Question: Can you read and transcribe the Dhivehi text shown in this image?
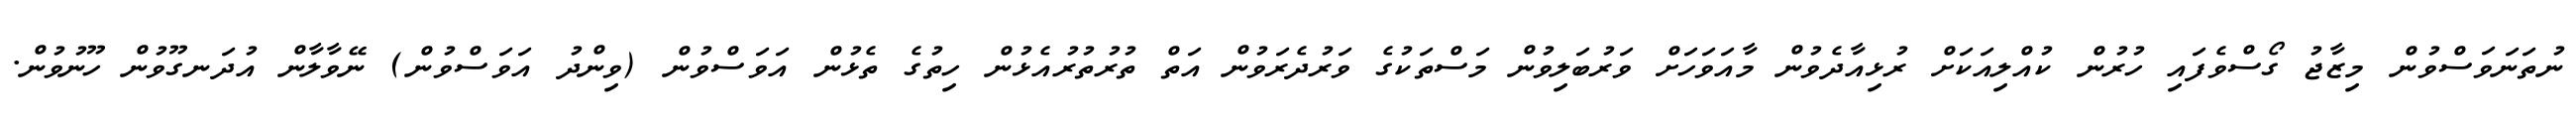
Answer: ނުތަނަވަސްވުން މިޒާޖު ގޯސްވެފައި ހުރުން ކުއްލިއަކަށް ރުޅިއާދެވުން މާއަވަހަށް ވަރުބަލިވުން މަސްތަކުގެ ވަރުދެރަވުން އަތް ތުރުތުރުއެޅުން ހިތުގެ ތެޅުން އަވަސްވުން (ވިންދު އަވަސްވުން) ނޭވާލާން އުދަނގޫވުން ހޫނުވުން.